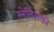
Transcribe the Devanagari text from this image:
त्लेतिलको